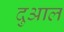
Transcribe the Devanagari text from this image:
दुआल